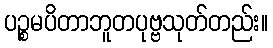
ပဉ္စမပိတာဘူတပုဗ္ဗသုတ်တည်း။